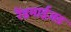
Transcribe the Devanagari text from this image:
रैंडमाईज़ड